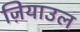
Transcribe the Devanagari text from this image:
ज़ियाउल